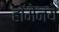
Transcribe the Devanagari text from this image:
होमेनये